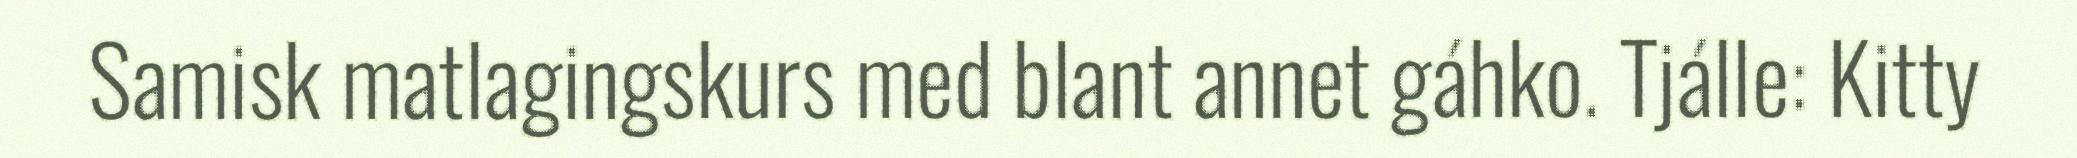
Samisk matlagingskurs med blant annet gáhko. Tjálle: Kitty